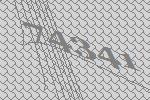
74341